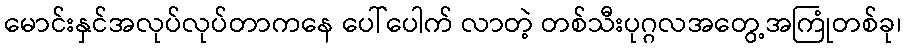
မောင်းနှင်အလုပ်လုပ်တာကနေ ပေါ်ပေါက် လာတဲ့ တစ်သီးပုဂ္ဂလအတွေ့အကြုံတစ်ခု၊